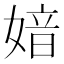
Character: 㛺